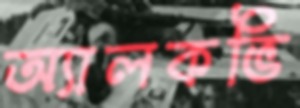
অ্যালকভি